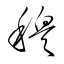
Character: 穆